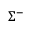
\Sigma ^ { - }